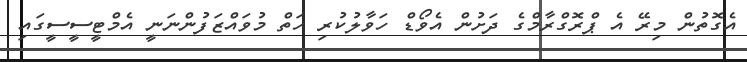
އެގޮތުން މިރޭ އެ ޕްރޮގްރާމްގެ ދަށުން އެވޯޑް ހަވާލުކުރި ހަތް މުވައްޒަފުންނަނީ އެމްޓީސީސީގައި